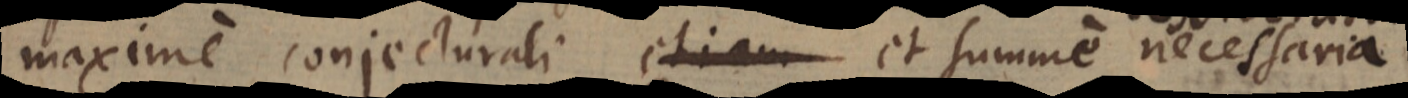
maxime conjecturali, etiam et summe necessaria